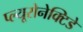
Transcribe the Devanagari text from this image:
प्ल्यूरोनेक्टिडे